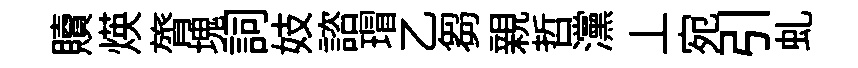
贖煐膂塊詞妓諮瑁乙芻親哲灙丄宛引虬